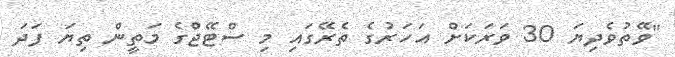
"ވޭތުވެދިޔަ 30 ވަރަކަށް އަހަރުގެ ތެރޭގައި މި ސްޓޭޖްގެ މަތީން ތިޔަ ފަދަ